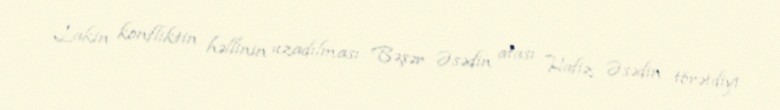
Lakin konfliktin həllinin uzadılması Bəşər Əsədin atası Hafiz Əsədin törətdiyi